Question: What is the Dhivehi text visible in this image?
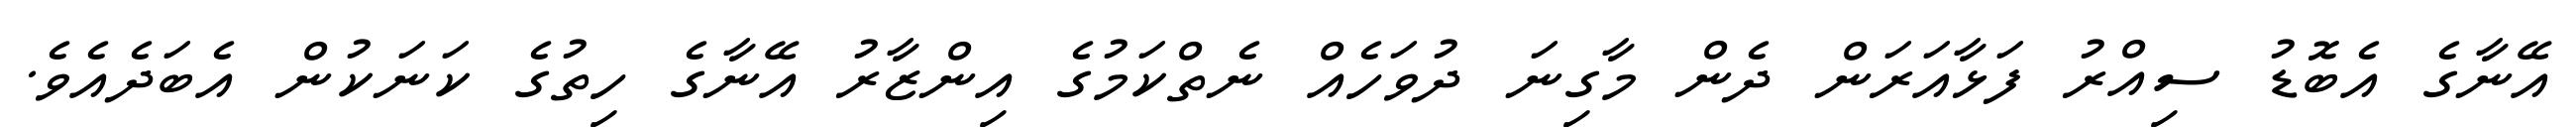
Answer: އޭނާގެ އެބޮޑު ސިއްރު ފަޅާއަރަން ދެން މާގިނަ ދުވަހެއް ނެތްކަމުގެ އިންޒާރު އޭނާގެ ހިތުގެ ކަނަކުން އެބަދެއެވެ.